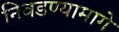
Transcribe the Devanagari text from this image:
निवडण्यामागे